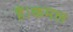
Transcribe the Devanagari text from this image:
हैं।कमल